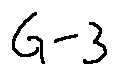
G - 3